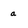
Character: a